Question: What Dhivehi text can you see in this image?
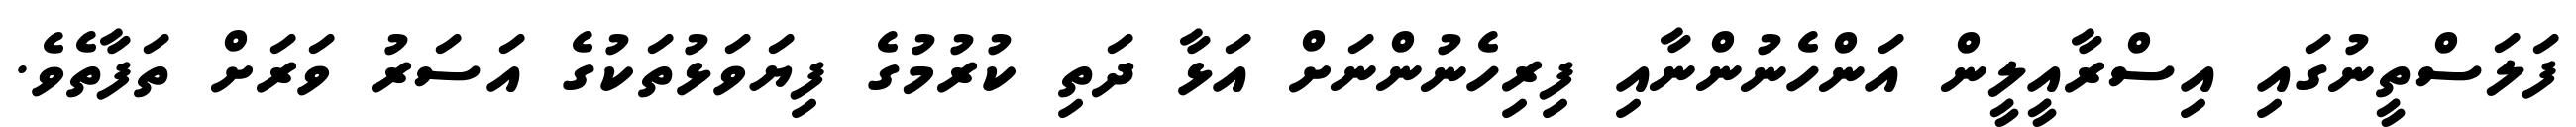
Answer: ފަލަސްތީނުގައި އިސްރާއީލީން އަންހެނުންނާއި ފިރިހެނުންނަށް އަޅާ ދަތި ކުރުމުގެ ފިޔަވަޅުތަކުގެ އަސަރު ވަރަށް ތަފާތެވެ.